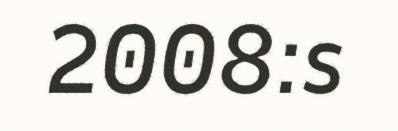
2008:s